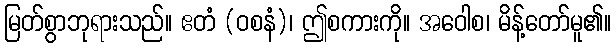
မြတ်စွာဘုရားသည်။ ဧတံ (ဝစနံ)၊ ဤစကားကို။ အဝေါစ၊ မိန့်တော်မူ၏။